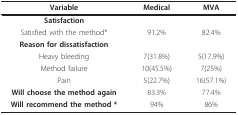
| Variable | Medical | MVA |
 | --- | --- | --- |
 | Satisfaction |  |  |
 | Satisfied with the method* | 91.2% | 82.4% |
 | Reason for dissatisfaction |  |  |
 | Heavy bleeding | 7(31.8%) | 5(17.9%) |
 | Method failure | 10(45.5%) | 7(25%) |
 | Pain | 5(22.7%) | 16(57.1%) |
 | Will choose the method again | 83.3% | 77.4% |
 | Will recommend the method * | 94% | 86% |